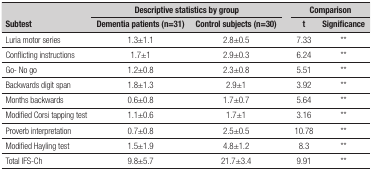
<table><thead><tr><td rowspan="2"><b>Subtest</b></td><td colspan="2"><b>Descriptive statistics by group</b></td><td rowspan="2"><b> </b></td><td colspan="2"><b>Comparison</b></td></tr><tr><td><b>Dementiapatients (n=31)</b></td><td><b>Controlsubjects (n=30)</b></td><td><b>t</b></td><td><b>Significance</b></td></tr></thead><tbody><tr><td>Luria motor series</td><td>1.3±1.1</td><td>2.8±0.5</td><td> </td><td>7.33</td><td>**</td></tr><tr><td>Conflicting instructions</td><td>1.7±1</td><td>2.9±0.3</td><td> </td><td>6.24</td><td>**</td></tr><tr><td>Go- No go</td><td>1.2±0.8</td><td>2.3±0.8</td><td> </td><td>5.51</td><td>**</td></tr><tr><td>Backwards digit span</td><td>1.8±1.3</td><td>2.9±1</td><td> </td><td>3.92</td><td>**</td></tr><tr><td>Months backwards</td><td>0.6±0.8</td><td>1.7±0.7</td><td> </td><td>5.64</td><td>**</td></tr><tr><td>Modified Corsi tapping test</td><td>1.1±0.6</td><td>1.7±1</td><td> </td><td>3.16</td><td>**</td></tr><tr><td>Proverb interpretation</td><td>0.7±0.8</td><td>2.5±0.5</td><td> </td><td>10.78</td><td>**</td></tr><tr><td>Modified Hayling test</td><td>1.5±1.9</td><td>4.8±1.2</td><td> </td><td>8.3</td><td>**</td></tr><tr><td>Total IFS-Ch</td><td>9.8±5.7</td><td>21.7±3.4</td><td> </td><td>9.91</td><td>**</td></tr></tbody></table>